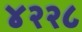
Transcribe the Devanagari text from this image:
४२२८